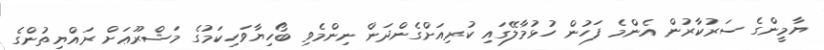
ޔާމީންގެ ސަރުކާރުން އެންމެ ފަހުން ހުޅުމާލޭގައި ކުރިއަށްގެންދަން ނިންމެވި ބޯހިޔާވަހިކަމުގެ މަޝްރޫޢަށް ރައްޔިތުންގެ